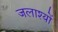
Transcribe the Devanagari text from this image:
जलाश्यों